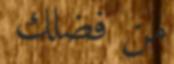
من فضلك